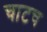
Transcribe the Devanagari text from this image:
चाटच